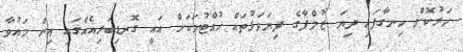
ހަރުކޮށް ހިނގާފައި ދިޔަ ޒުލްފާގެ ފިޔަވަޅުތައް ހުއްޓުމަކަށް އައީ ގޮނޑިބަރިއެއްގައި އިން މައުވާ